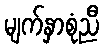
မျက်နှာစုံညီ